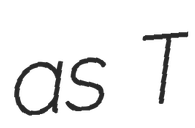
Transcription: as T